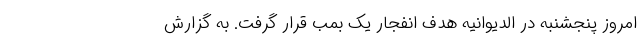
امروز پنجشنبه در الدیوانیه هدف انفجار یک بمب قرار گرفت. به گزارش